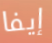
إيفا